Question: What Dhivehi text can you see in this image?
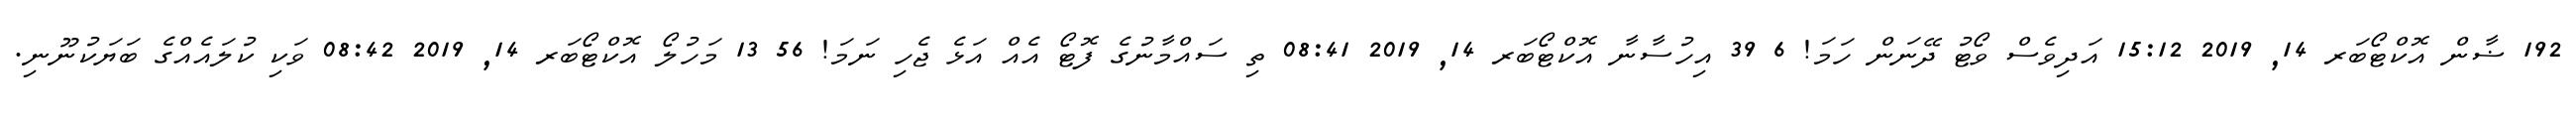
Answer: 192 ޟާން އޮކްޓޯބަރ 14, 2019 15:12 އަދިވެސް ވޯޓު ދޭނަން ހަމަ! 6 39 އިހުސާނާ އޮކްޓޯބަރ 14, 2019 08:41 ތި ސައްމާނުގެ ފޮޓޯ އެއް އަޅެ ޖެހި ނަމަ! 56 13 މަހުލޯ އޮކްޓޯބަރ 14, 2019 08:42 ވަކި ކުލައެއްގެ ބަޔަކުނޫނި.